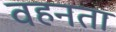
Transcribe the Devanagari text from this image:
वहनता